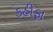
કહીફા